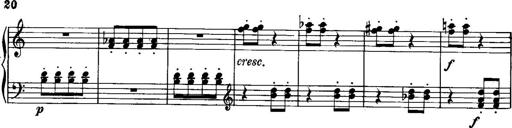
Title: Piano Sonatina No.1, Op.146
Composer: Stephen Heller